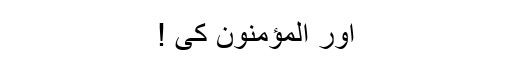
اور المؤمنون کی !